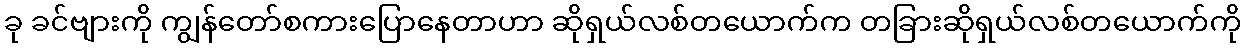
ခု ခင်ဗျားကို ကျွန်တော်စကားပြောနေတာဟာ ဆိုရှယ်လစ်တယောက်က တခြားဆိုရှယ်လစ်တယောက်ကို